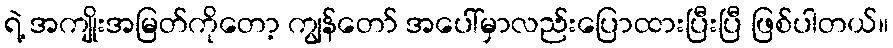
ရဲ့ အကျိုးအမြတ်ကိုတော့ ကျွန်တော် အပေါ်မှာလည်းပြောထားပြီးပြီ ဖြစ်ပါတယ်။